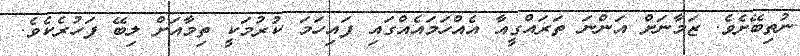
ނުތިބޭށެވެ. ޒަމާނަށް އަންނަ ތަރައްގީއާ އެއްހަމައެއްގައި ފައިހަމަ ކުރުމަކީ ތިމާއަށް ލިބޭ ފަހުރެކެވެ.